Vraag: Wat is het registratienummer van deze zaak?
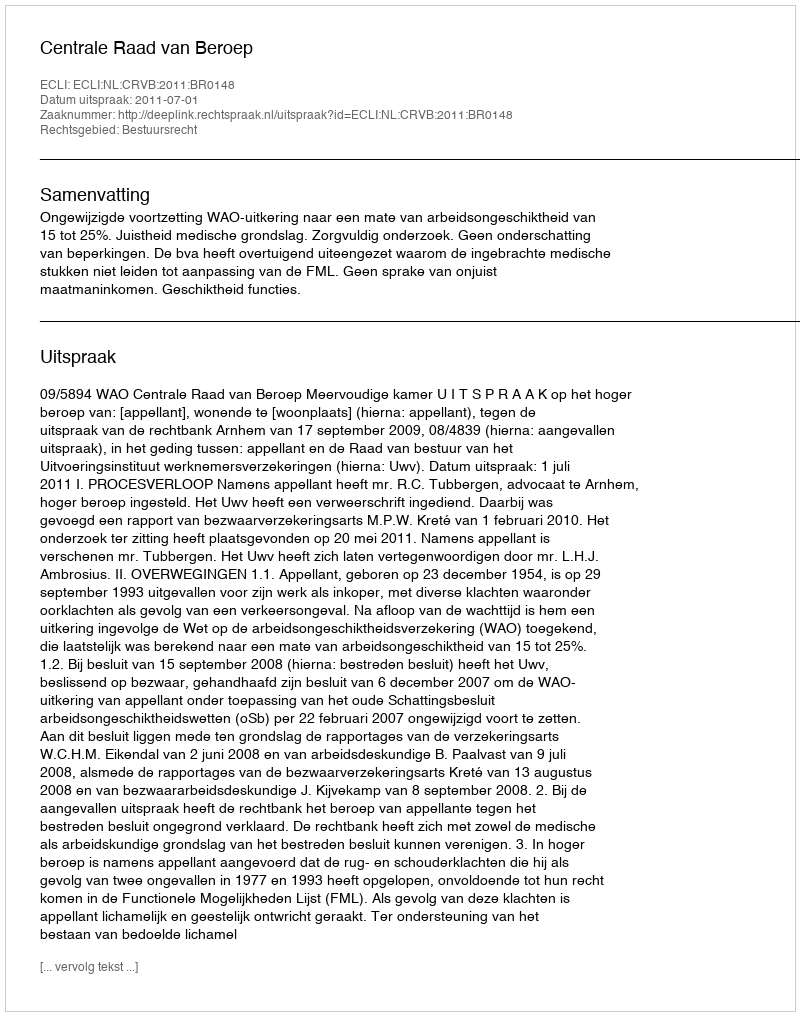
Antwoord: http://deeplink.rechtspraak.nl/uitspraak?id=ECLI:NL:CRVB:2011:BR0148